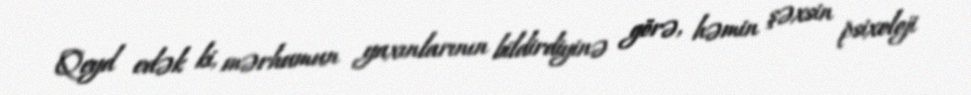
Qeyd edək ki, mərhumun yaxınlarının bildirdiyinə görə, həmin şəxsin psixoloji